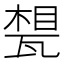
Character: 𤭪